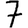
Digit: 7